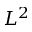
L ^ { 2 }